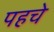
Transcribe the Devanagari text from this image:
पहचे